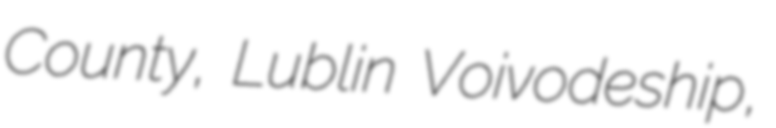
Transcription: County, Lublin Voivodeship,